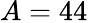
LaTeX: A=44